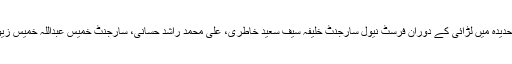
امارات کی سرکاری خبر رساں ایجنسی کے مطابق حدیدہ میں لڑائی کے دوران فرسٹ نیول سارجنٹ خلیفہ سیف سعید خاطری، علی محمد راشد حسانی، سارجنٹ خمیس عبداللہ خمیس زیودی اور عریف حمدان سعید عبدولی مارے گئے ہیں۔